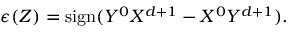
\epsilon ( Z ) = \mathrm { s i g n } ( Y ^ { 0 } X ^ { d + 1 } - X ^ { 0 } Y ^ { d + 1 } ) .